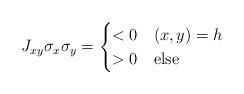
LaTeX: \begin{align*}J_{xy}\sigma_{x}\sigma_{y} =\begin{cases}< 0 & (x,y)=h \\> 0 & \mbox{else}\end{cases}\end{align*}